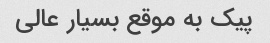
پیک به موقع بسیار عالی